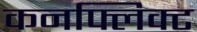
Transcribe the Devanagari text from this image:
कनफ्लिक्ट